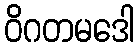
ဝိဂတမဒေါ